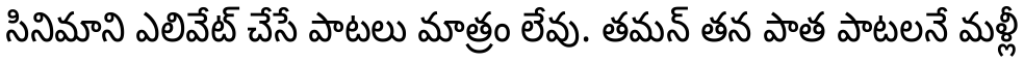
సినిమాని ఎలివేట్ చేసే పాటలు మాత్రం లేవు. తమన్ తన పాత పాటలనే మళ్లీ